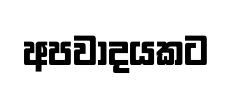
අපවාදයකට